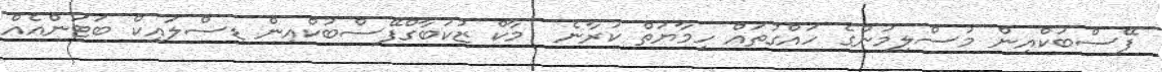
ފޭސްބުކްއިން މުސްލިމުންގެ ހައްގުތައް ހިމާޔަތް ކުރާނެ  މާކް ޒުކަބާގްފޭސްބުކްއިން ޑިސްލައިކް ބަޓަންއެއް